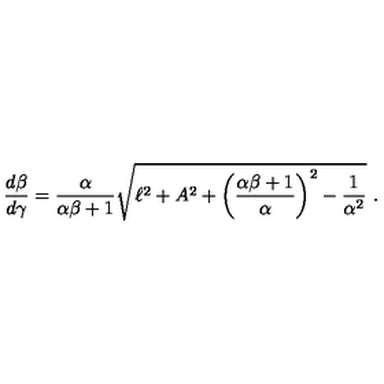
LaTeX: \frac { d \beta } { d \gamma } = \frac { \alpha } { \alpha \beta + 1 } \sqrt { \ell ^ { 2 } + A ^ { 2 } + \left( \frac { \alpha \beta + 1 } { \alpha } \right) ^ { 2 } - \frac { 1 } { \alpha ^ { 2 } } } \ .